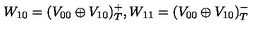
W _ { 1 0 } = ( V _ { 0 0 } \oplus V _ { 1 0 } ) _ { T } ^ { + } , W _ { 1 1 } = ( V _ { 0 0 } \oplus V _ { 1 0 } ) _ { T } ^ { - }